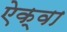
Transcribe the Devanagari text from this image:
ऐक्वा